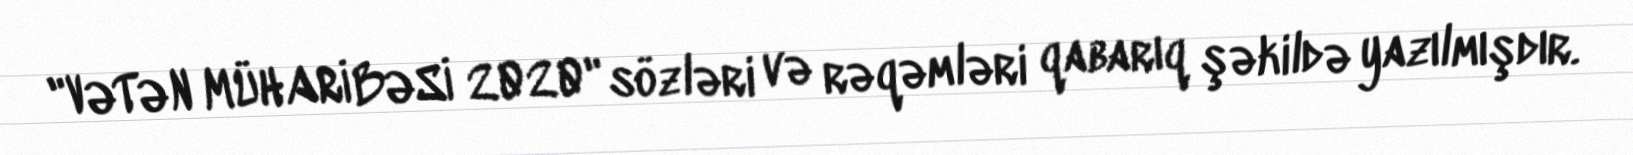
"VƏTƏN MÜHARİBƏSİ 2020" sözləri və rəqəmləri qabarıq şəkildə yazılmışdır.